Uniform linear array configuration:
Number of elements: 16
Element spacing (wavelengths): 0.5
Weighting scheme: hamming
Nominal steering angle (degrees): -15
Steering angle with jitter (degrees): -15.212
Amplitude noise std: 0.05
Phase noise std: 0.05

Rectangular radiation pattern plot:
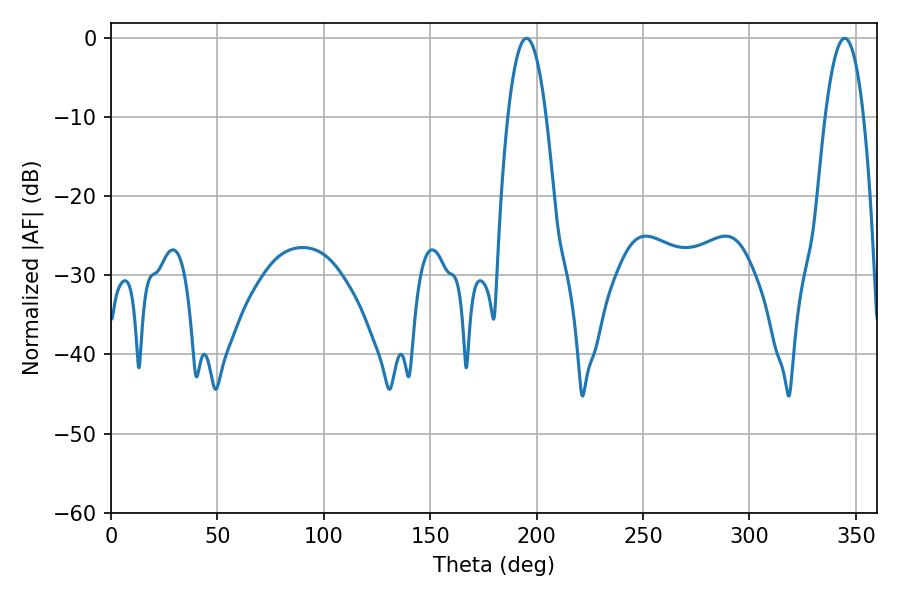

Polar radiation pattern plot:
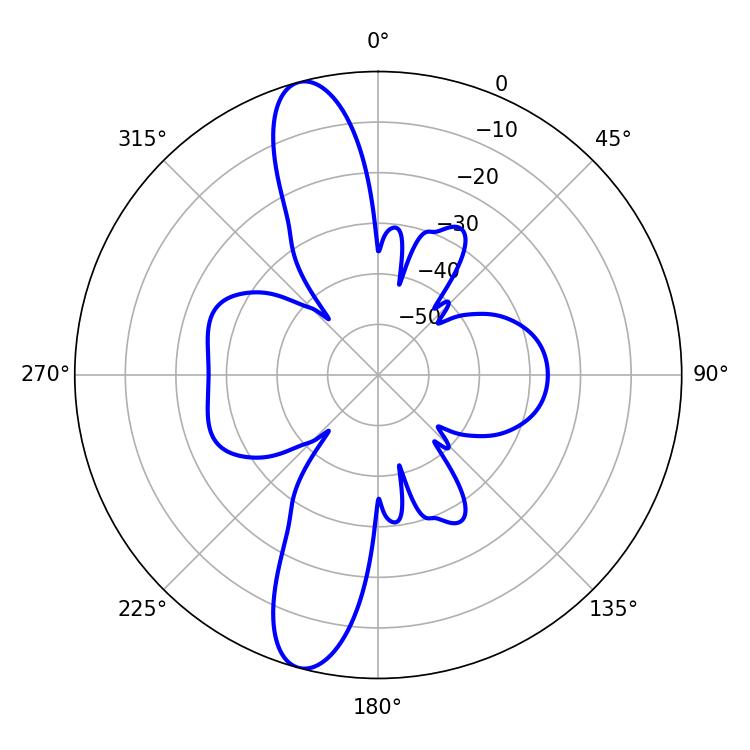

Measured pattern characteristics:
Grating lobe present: FALSE
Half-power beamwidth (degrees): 10.08
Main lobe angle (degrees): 195.3